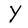
Character: Y